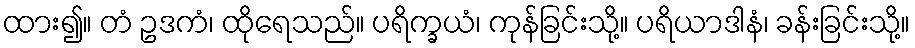
ထား၍။ တံ ဥဒကံ၊ ထိုရေသည်။ ပရိက္ခယံ၊ ကုန်ခြင်းသို့။ ပရိယာဒါနံ၊ ခန်းခြင်းသို့။